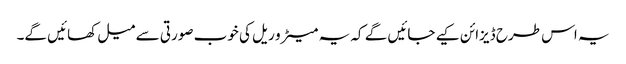
یہ اس طرح ڈیزائن کیے جائیں گے کہ یہ میٹرو ریل کی خوب صورتی سے میل کھائیں گے۔